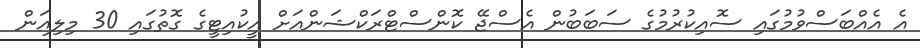
އެ އެއްބަސްވުމުގައި ސޮއިކުރުމުގެ ސަބަބުން އެސްޖޭ ކޮންސްޓްރަކްޝަންއަށް އީކުއިޓީގެ ގޮތުގައި 30 މިލިއަން